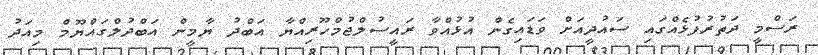
ރަސްމީ ދަތުރުފުޅެއްގައި ސައުދީއަށް ވަޑައިގެން އުޅުއްވާ ރައީސުލްޖުމްހޫރިއްޔާ އަބްދު ޔާމީން އަބްދުލްގައްޔޫމް މިއަދު